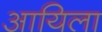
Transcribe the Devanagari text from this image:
आयिला